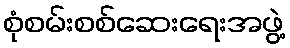
စုံစမ်းစစ်ဆေးရေးအဖွဲ့